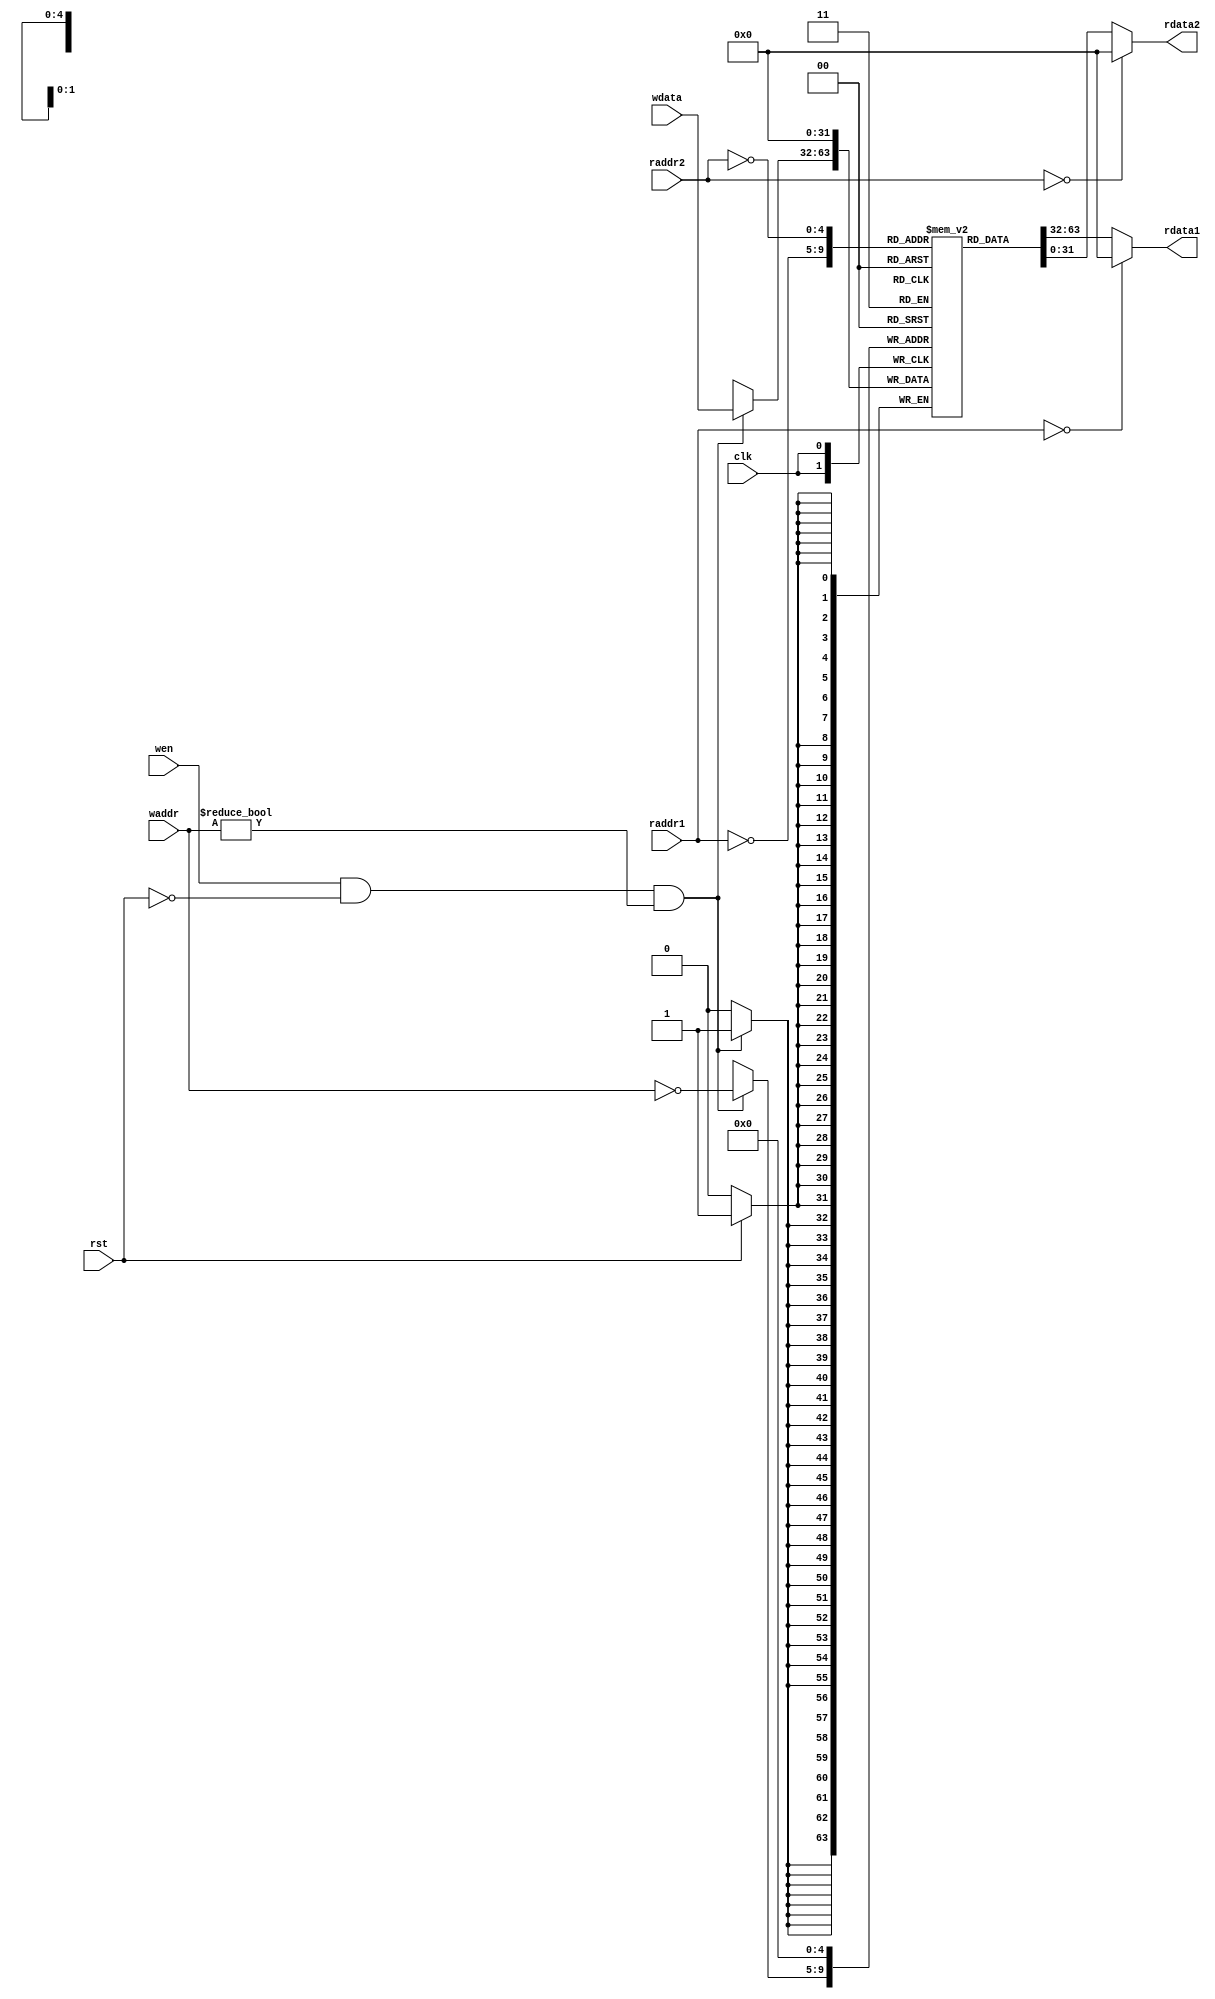
`timescale 10 ns / 1 ns

`define DATA_WIDTH 32
`define ADDR_WIDTH 5
`define REG_NUM 31
module reg_file(
	input clk,
	input rst,
	input [`ADDR_WIDTH - 1:0] waddr,
	input [`ADDR_WIDTH - 1:0] raddr1,
	input [`ADDR_WIDTH - 1:0] raddr2,
	input wen,
	input [`DATA_WIDTH - 1:0] wdata,
	output [`DATA_WIDTH - 1:0] rdata1,
	output [`DATA_WIDTH - 1:0] rdata2
);

reg [`DATA_WIDTH-1:0] REG_FILE [`REG_NUM-1:0];
always @(posedge clk) begin
	if(rst) begin
		REG_FILE[0] <= 32'b0;
	end
	if(wen && !rst && (waddr!=5'b0)) begin
		REG_FILE[~waddr] <= wdata;
	end
end

assign rdata1 = (raddr1==5'b0)?32'b0:REG_FILE[~raddr1];
assign rdata2 = (raddr2==5'b0)?32'b0:REG_FILE[~raddr2];
endmodule